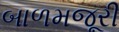
બાળમજૂરી